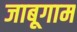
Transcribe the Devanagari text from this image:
जाबूगाम